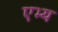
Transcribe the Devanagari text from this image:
एभ्य